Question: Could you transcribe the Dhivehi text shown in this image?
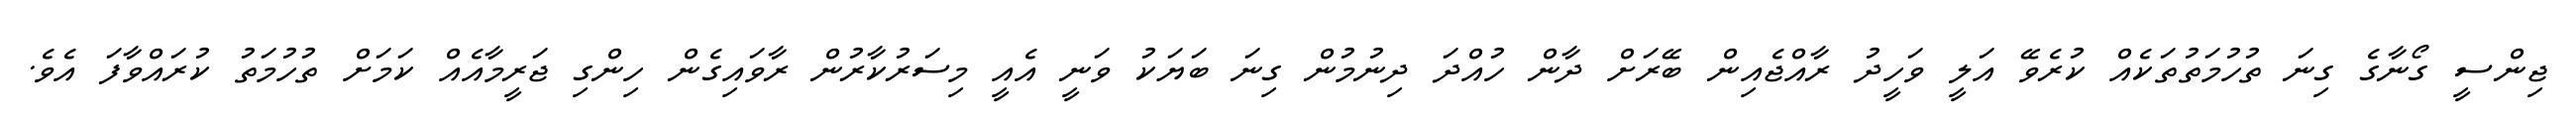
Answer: ޖިންސީ ގޯނާގެ ގިނަ ތުހުމަތުތަކެއް ކުރެވޭ އަލީ ވަހީދު ރާއްޖެއިން ބޭރަށް ދާން ހުއްދަ ދިނުމުން ގިނަ ބަޔަކު ވަނީ އެއީ މިސަރުކާރުން ރާވައިގެން ހިންގި ޖަރީމާއެއް ކަމަށް ތުހުމަތު ކުރައްވާފަ އެވެ.